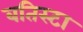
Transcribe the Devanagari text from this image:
बतिस्टा